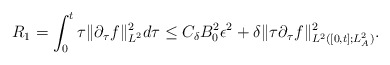
\begin{align*}R_1=\int^t_0\tau\|\partial_\tau f\|_{L^2}^2d\tau \le C_\delta B_0^2\epsilon^2+\delta \|\tau\partial_\tau f\|^2_{L^2([0,t];L^2_A)}.\end{align*}